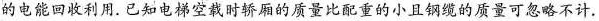
的电能回收利用。已知电梯空载时轿厢的质量比配重的小且钢缆的质量可忽略不计。